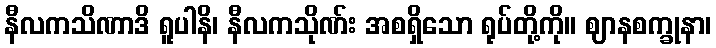
နီလကသိဏာဒိ ရူပါနိ၊ နီလကသိုဏ်း အစရှိသော ရုပ်တို့ကို။ ဈာနစက္ခုနာ၊